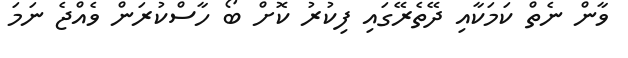
ވާން ނެތް ކަމަކާއި ދޭތެރޭގައި ފިކުރު ކޮށް ބޯ ހާސްކުރަން ވެއްޖެ ނަމަ